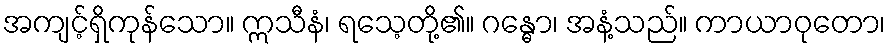
အကျင့်ရှိကုန်သော။ ဣသီနံ၊ ရသေ့တို့၏။ ဂန္ဓော၊ အနံ့သည်။ ကာယာဝုတော၊